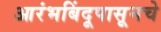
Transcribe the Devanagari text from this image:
आरंभबिंदूपासूनचे